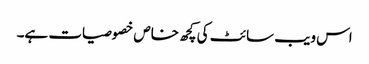
اس ویب سائٹ کی کچھ خاص خصوصیات ہے۔